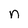
Character: n